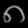
Digit: ၈